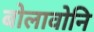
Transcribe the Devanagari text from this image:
बोलावोनि